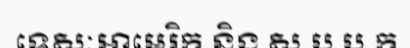
ទេសៈអាមេរិក និង ស.ប.ប.ក